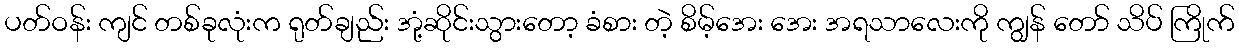
ပတ်ဝန်း ကျင် တစ်ခုလုံးက ရုတ်ချည်း အုံ့ဆိုင်းသွားတော့ ခံစား တဲ့ စိမ့်အေး အေး အရသာလေးကို ကျွန် တော် သိပ် ကြိုက်